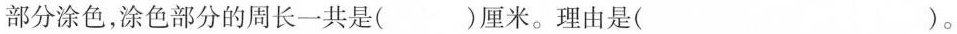
部分涂色,涂包部分的周长一共是()厘米。理由是( ).